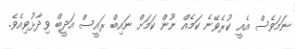
ނަމަވެސް އެއީ ކުރެވޭނެ ކަމެއް ނޫން ކަމަށް ނައިބް ރައީސް އަދީބް ވިދާޅުވިއެވެ.